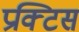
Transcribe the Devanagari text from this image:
प्रक्‍टिस